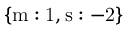
\mathrm { \{ m : 1 , s : - 2 \} }